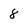
Character: 8